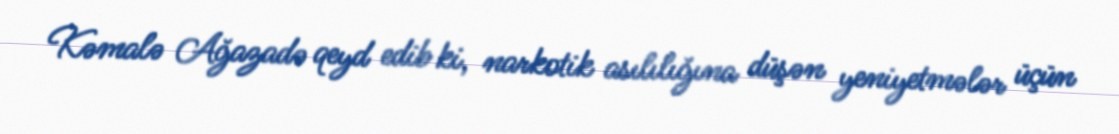
Kəmalə Ağazadə qeyd edib ki, narkotik asılılığına düşən yeniyetmələr üçün